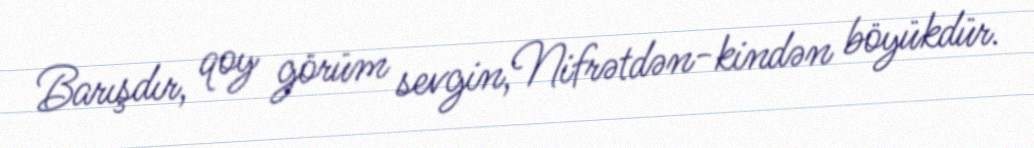
Barışdır, qoy görüm sevgin,Nifrətdən-kindən böyükdür.